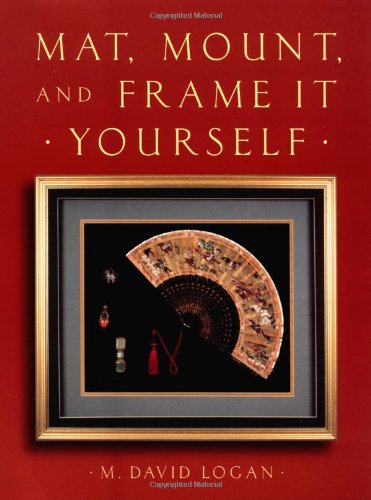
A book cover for Mat, Mount and Frame It Yourself (Crafts Highlights); David Logan; Crafts, Hobbies & Home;